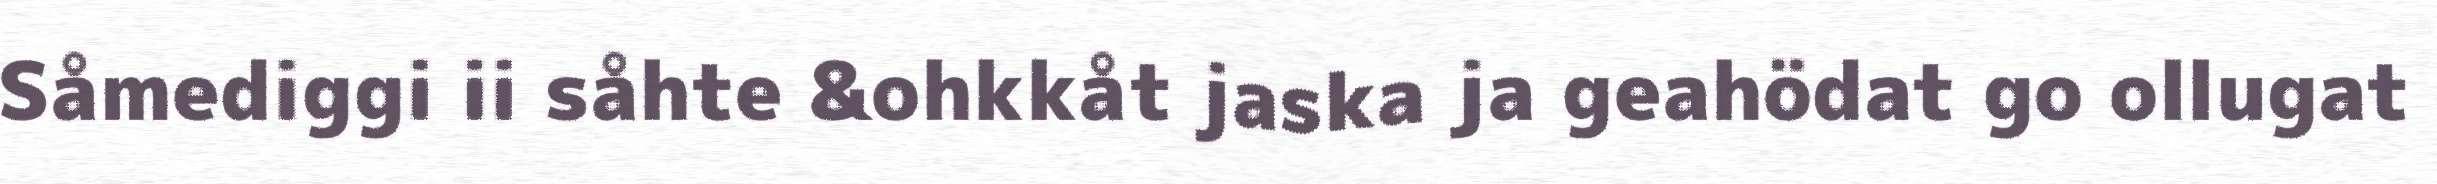
Såmediggi ii såhte &ohkkåt jaska ja geahödat go ollugat